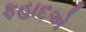
ફહાદએ